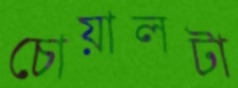
চোয়ালটা